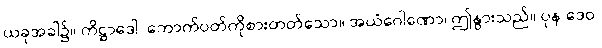
ယခုအခါ၌။ ကိဋ္ဌာဒေါ၊ ကောက်ပတ်ကိုစားတတ်သော။ အယံဂေါဏော၊ ဤနွားသည်။ ပုန ဒေဝ၊